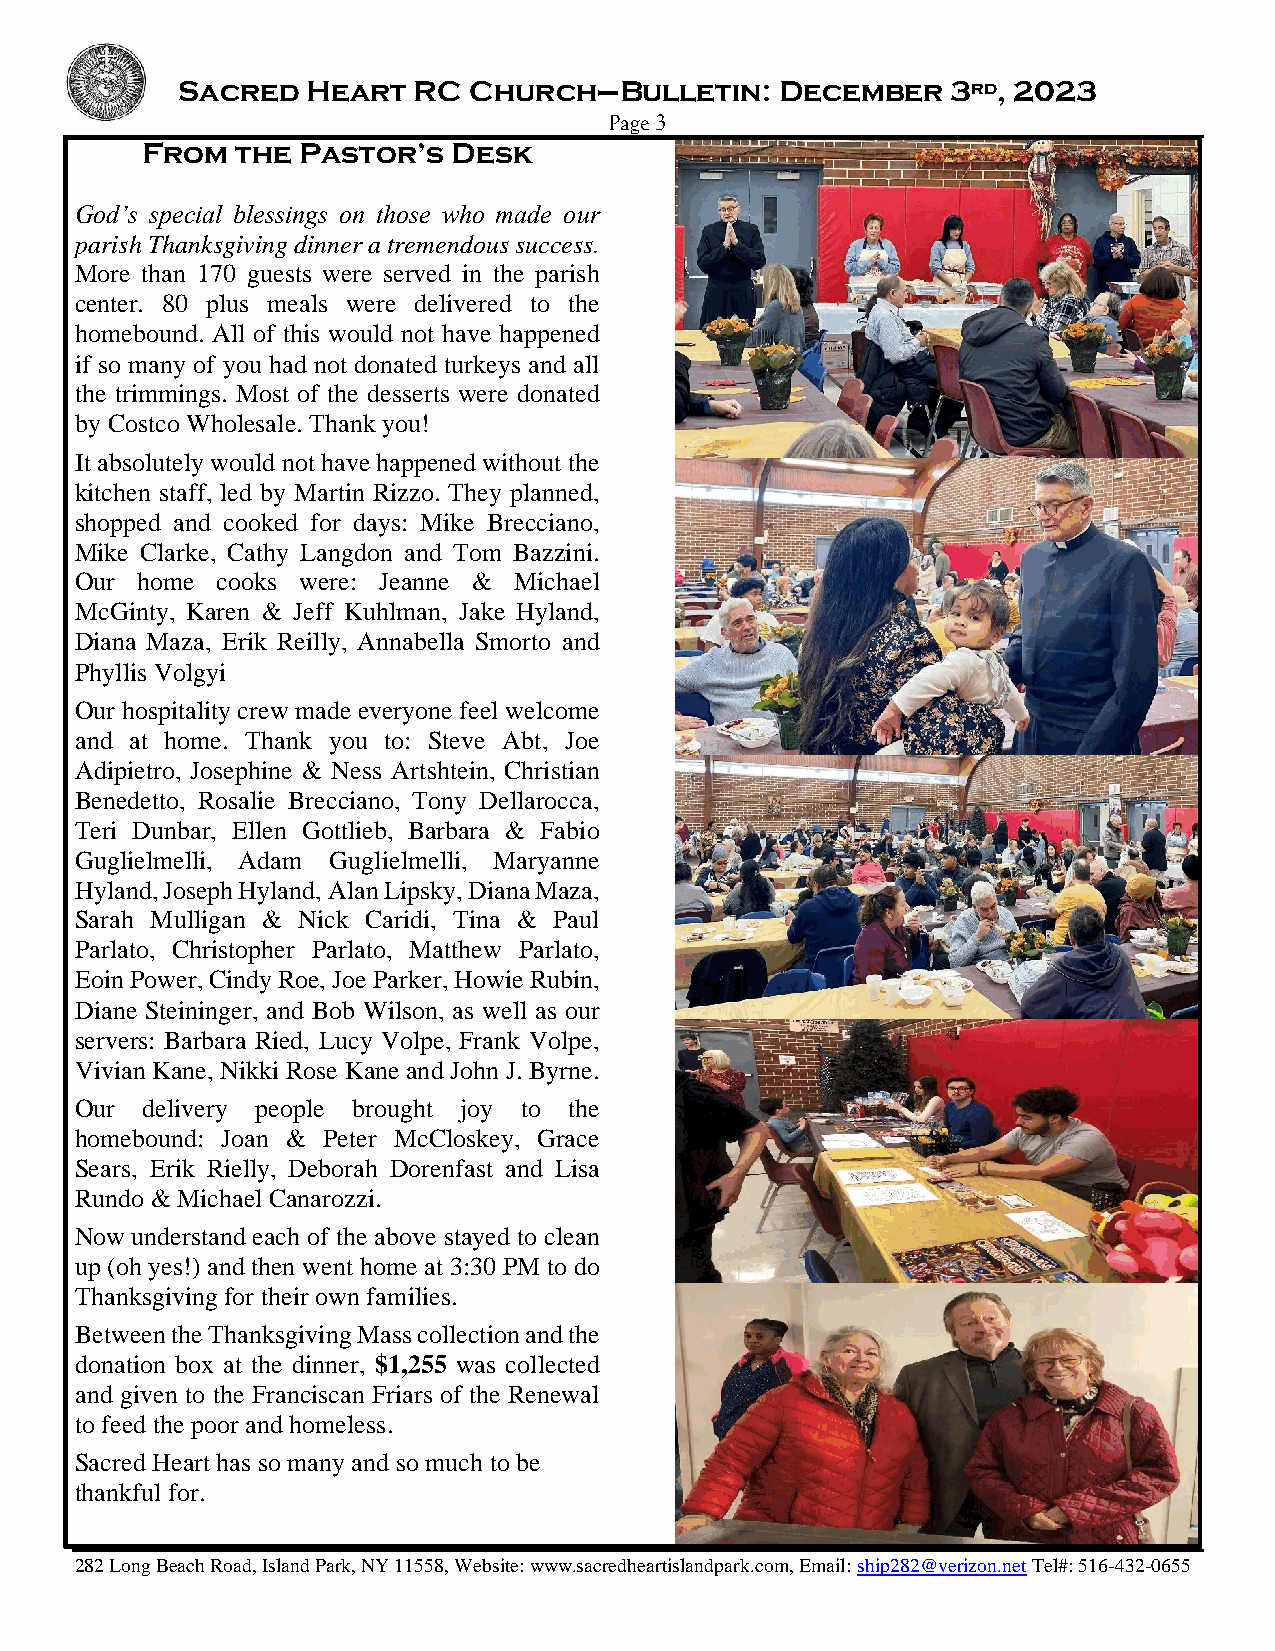
Sacred  Heart  RC  Church–Bulletin:     December   3rd, 2023
 Page 3
 From   the Pastor’s  Desk
 God’s special blessings on those who made our
 parish Thanksgiving dinner a tremendous success.
 More than 170 guests were served in the parish
 center. 80 plus meals were delivered to the
 homebound. All of this would not have happened
 if so many of you had not donated turkeys and all
 the trimmings. Most of the desserts were donated
 by Costco Wholesale. Thank you!
 It absolutely would not have happened without the
 kitchen staff, led by Martin Rizzo. They planned,
 shopped and cooked for days: Mike Brecciano,
 Mike Clarke, Cathy Langdon and Tom Bazzini.
 Our home cooks were: Jeanne & Michael
 McGinty, Karen & Jeff Kuhlman, Jake Hyland,
 Diana Maza, Erik Reilly, Annabella Smorto and
 Phyllis Volgyi
 Our hospitality crew made everyone feel welcome
 and at home. Thank you to: Steve Abt, Joe
 Adipietro, Josephine & Ness Artshtein, Christian
 Benedetto, Rosalie Brecciano, Tony Dellarocca,
 Teri Dunbar, Ellen Gottlieb, Barbara & Fabio
 Guglielmelli, Adam Guglielmelli, Maryanne
 Hyland, Joseph Hyland, Alan Lipsky, Diana Maza,
 Sarah Mulligan & Nick Caridi, Tina & Paul
 Parlato, Christopher Parlato, Matthew Parlato,
 Eoin Power, Cindy Roe, Joe Parker, Howie Rubin,
 Diane Steininger, and Bob Wilson, as well as our
 servers: Barbara Ried, Lucy Volpe, Frank Volpe,
 Vivian Kane, Nikki Rose Kane and John J. Byrne.
 Our delivery people brought joy to the
 homebound: Joan & Peter McCloskey, Grace
 Sears, Erik Rielly, Deborah Dorenfast and Lisa
 Rundo & Michael Canarozzi.
 Now understand each of the above stayed to clean
 up (oh yes!) and then went home at 3:30 PM to do
 Thanksgiving for their own families.
 Between the Thanksgiving Mass collection and the
 donation box at the dinner, $1,255 was collected
 and given to the Franciscan Friars of the Renewal
 to feed the poor and homeless.
 Sacred Heart has so many and so much to be
 thankful for.
 282 Long Beach Road, Island Park, NY 11558, Website: www.sacredheartislandpark.com, Email: ship282@verizon.net Tel#: 516-432-0655